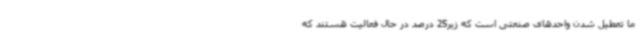
ما تعطیل شدن واحدهای صنعتی است که زیر25 درصد در حال فعالیت هستند که